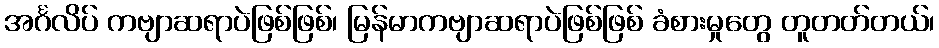
အင်္ဂလိပ် ကဗျာဆရာပဲဖြစ်ဖြစ်၊ မြန်မာကဗျာဆရာပဲဖြစ်ဖြစ် ခံစားမှုတွေ တူတတ်တယ်၊